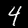
Digit: 4